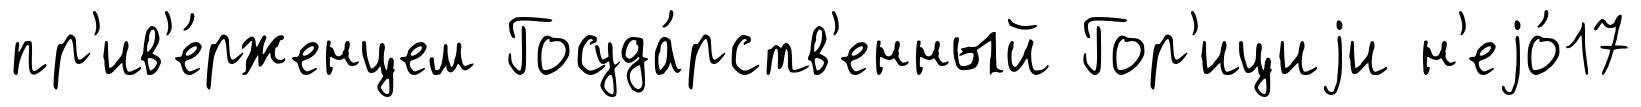
пр'ив'е́рженцем Госуда́рств'енный Гор'ициjи н'еjо́17